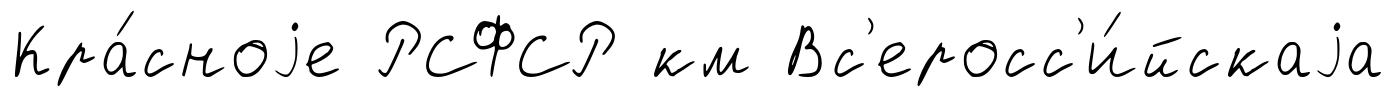
Кра́сноjе РСФСР км Вс'еросс'и́йскаjа